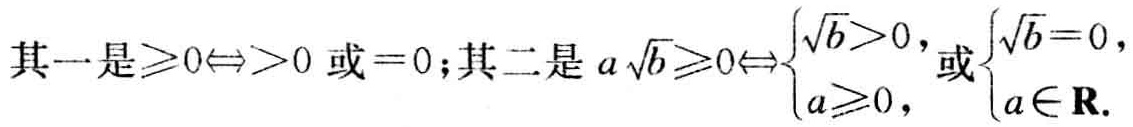
其一是$\geqslant0\Leftrightarrow>0$ 或$=0$; 其二是$a\sqrt{b}\geqslant0\Leftrightarrow\begin{cases}\sqrt{b}>0,\\a\geqslant0,\end{cases}$或$\begin{cases}\sqrt{b}=0,\\a\in\mathbf{R}.\end{cases}$